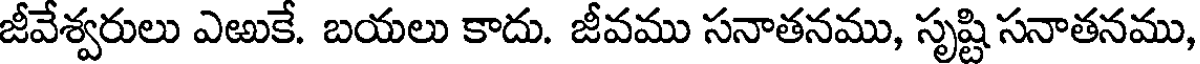
జీవేశ్వరులు ఎఱుకే. బయలు కాదు. జీవము సనాతనము, సృష్టి సనాతనము,